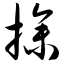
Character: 掺